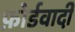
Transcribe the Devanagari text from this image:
फ़ोर्डवादी